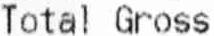
TOTAL GROSS